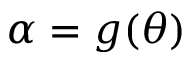
\alpha = g ( \theta )